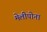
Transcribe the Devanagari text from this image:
मेलीपोना